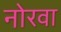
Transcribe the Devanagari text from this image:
नोरवा